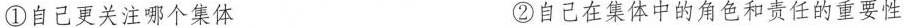
①自己更关注哪个集体 ②自己在集体中的角色和责任的重要性